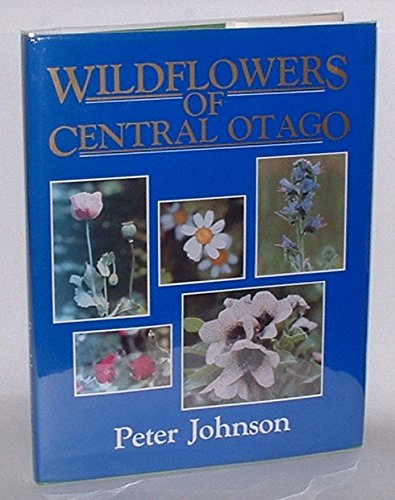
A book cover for Wildflowers of Central Otago; Peter Johnson; Crafts, Hobbies & Home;